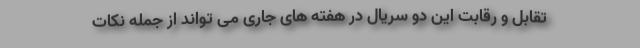
تقابل و رقابت این دو سریال در هفته های جاری می تواند از جمله نکات